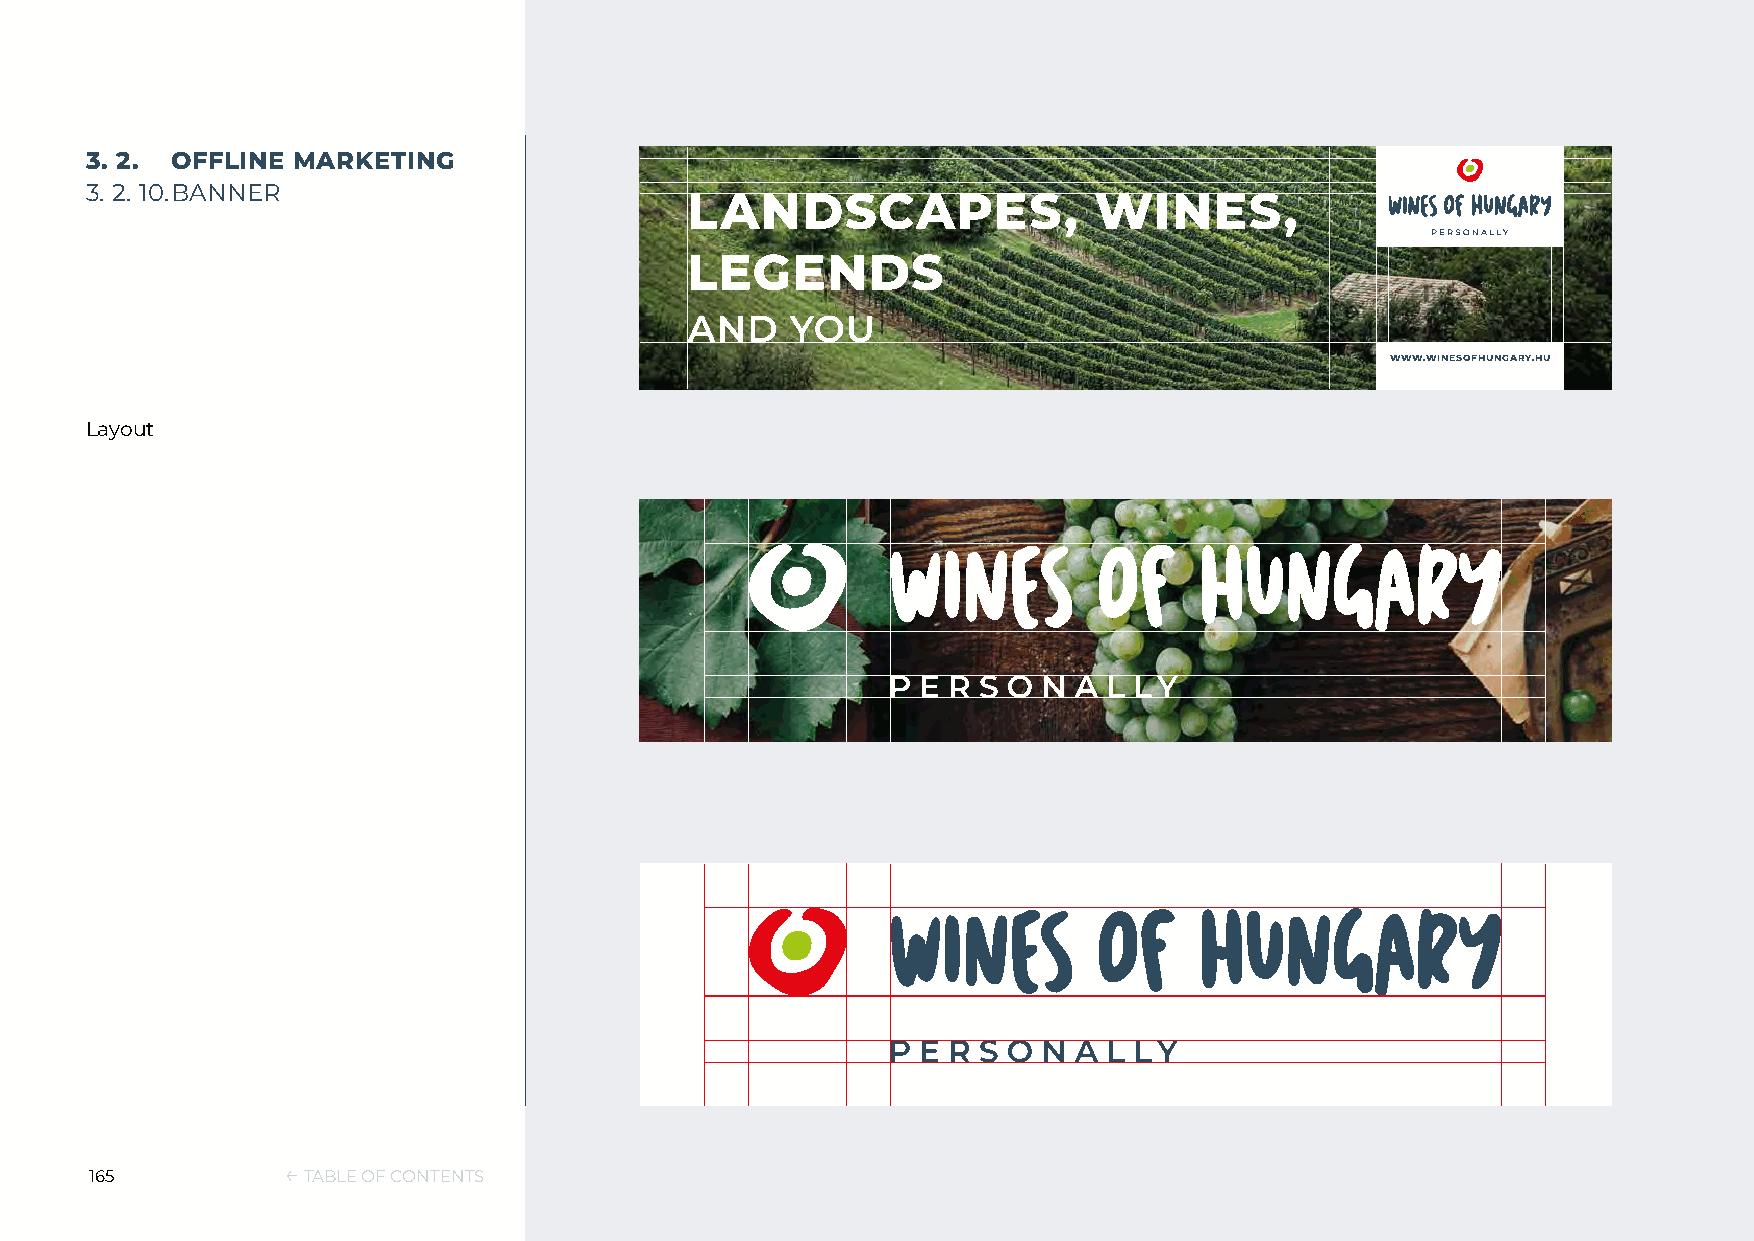
3. 2. OFFLINE MARKETING
 3. 2. 10. BANNER
 WWW.WINESOFHUNGARY.HU
 Layout
 165          ← TABLE OF CONTENTS